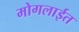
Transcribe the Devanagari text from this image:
मोगलाईत